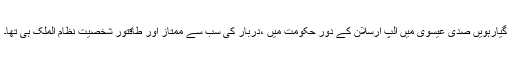
گیارہویں صدی عیسوی میں الپ ارسلان کے دورِ حکومت میں ،دربار کی سب سے ممتاز اور طاقتور شخصیت نظام الملک ہی تھا۔